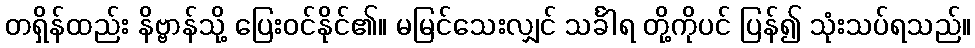
တရှိန်ထည်း နိဗ္ဗာန်သို့ ပြေးဝင်နိုင်၏။ မမြင်သေးလျှင် သင်္ခါရ တို့ကိုပင် ပြန်၍ သုံးသပ်ရသည်။